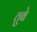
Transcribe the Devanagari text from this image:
तुबे